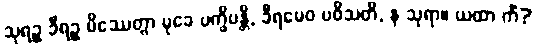
သုရဉ္စ ခီရဉ္စ မိဿေတွာ မုခေ ပက္ခိပန္တိ, ခီရမေဝ ပဝိသတိ, န သုရာ။ ယထာ ကိံ?